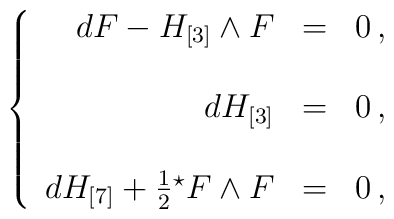
\left\{\begin{array}{rcl}dF -H_{[3]}\wedge F & = & 0\, ,\\& & \\d H_{[3]} & = & 0\, ,\\& & \\dH_{[7]} +\frac{1}{2} {}^{\star} F \wedge F & = & 0\, ,\\\end{array}\right.